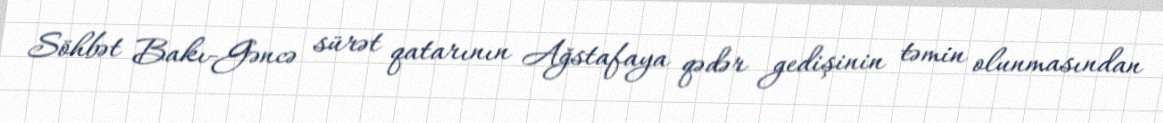
Söhbət Bakı-Gəncə sürət qatarının Ağstafaya qədər gedişinin təmin olunmasından